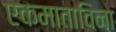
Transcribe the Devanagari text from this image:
एकमाताविना